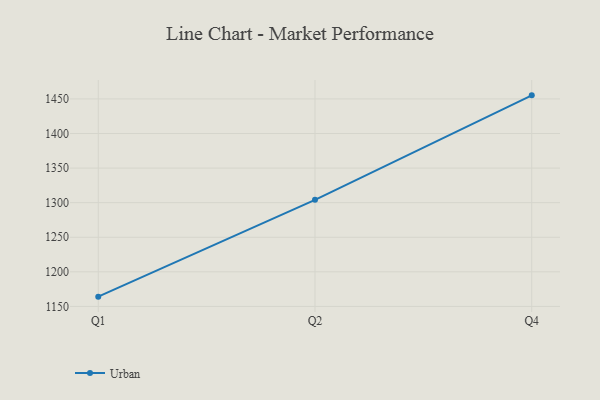
{"axis": {"x": "Quarter", "y": "Bounce Rate (%)"}, "legend": ["Urban"], "data": [{"x": "Q1", "y": 1164.1, "type": "Urban"}, {"x": "Q2", "y": 1304.1, "type": "Urban"}, {"x": "Q4", "y": 1455.2, "type": "Urban"}]}